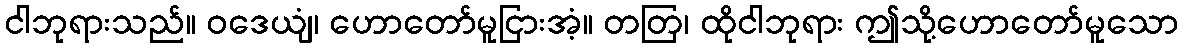
ငါဘုရားသည်။ ဝဒေယျံ၊ ဟောတော်မူငြားအံ့။ တတြ၊ ထိုငါဘုရား ဤသို့ဟောတော်မူသော